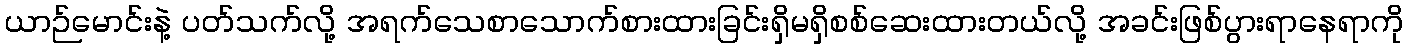
ယာဉ်မောင်းနဲ့ ပတ်သက်လို့ အရက်သေစာသောက်စားထားခြင်းရှိမရှိစစ်ဆေးထားတယ်လို့ အခင်းဖြစ်ပွားရာနေရာကို